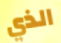
الذي